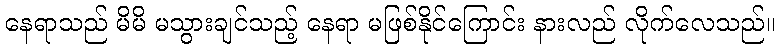
နေရာသည် မိမိ မသွားချင်သည့် နေရာ မဖြစ်နိုင်ကြောင်း နားလည် လိုက်လေသည်။